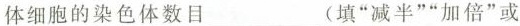
体细胞的染色体数目___(填”减半””加倍”或”